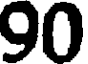
90